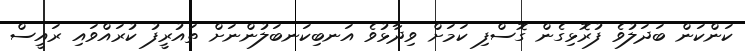
ކަންކަން ބަދަލުވެ ފުރޮޅިގެން ގޮސްފި ކަމަށް ވިދާޅުވެ އަނބިކަނބަލުންނަށް ތައުރީފު ކުރައްވައި ރައީސް